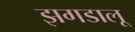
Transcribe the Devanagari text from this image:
झगडालू